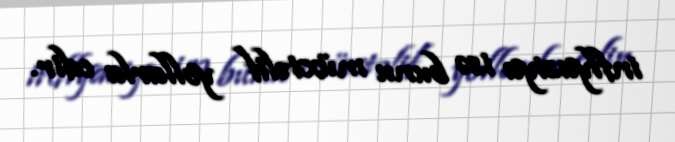
inflyasiya isə bunu müxtəlif yollarla edir.